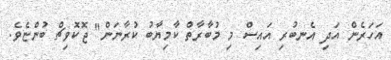
އަހަރެން އަދި އެނބުރި އައިސް މި މުބާރާތް ކާމިޔާބު ކުރާނަން" ޖޮކޮވިޗް ބުންޏެވެ.